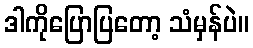
ဒါကိုပြောပြတော့ သံမှန်ပဲ။